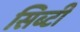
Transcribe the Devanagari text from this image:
सिब्‍टी